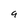
Character: 9